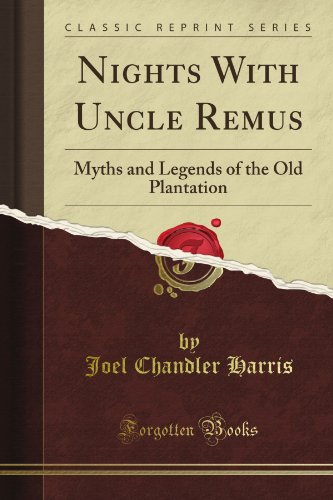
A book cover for Nights With Uncle Remus: Myths and Legends of the Old Plantation (Classic Reprint); Joel Chandler Harris; Literature & Fiction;